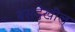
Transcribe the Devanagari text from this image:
बसदेखील